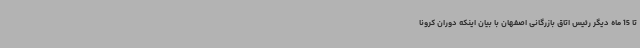
تا 15 ماه دیگر رئیس اتاق بازرگانی اصفهان با بیان اینکه دوران کرونا